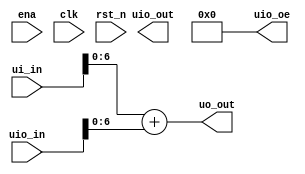
/*
 * tt_um_power_test.v
 *
 * Test user module
 *
 */

`default_nettype none

module tt_um_power_test (
	input  wire [7:0] ui_in,	// Dedicated inputs
	output wire [7:0] uo_out,	// Dedicated outputs
	input  wire [7:0] uio_in,	// IOs: Input path
	output wire [7:0] uio_out,	// IOs: Output path
	output wire [7:0] uio_oe,	// IOs: Enable path (active high: 0=input, 1=output)
	input  wire       ena,
	input  wire       clk,
	input  wire       rst_n
);

	assign uo_out[7:0]  = ui_in[6:0] + uio_in[6:0];
	assign uio_oe  = 8'h00;

endmodule // tt_um_power_test